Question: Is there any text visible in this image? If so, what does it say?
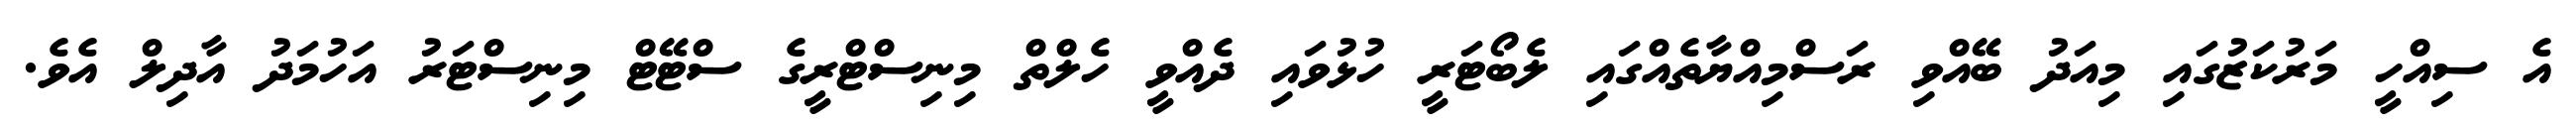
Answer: އެ ސިއްހީ މަރުކަޒުގައި މިއަދު ބޭއްވި ރަސްމިއްޔާތެއްގައި ލެބޯޓަރީ ހުޅުވައި ދެއްވީ ހެލްތް މިނިސްޓްރީގެ ސްޓޭޓް މިނިސްޓަރު އަހުމަދު އާދިލް އެވެ.